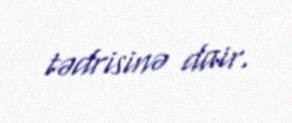
tədrisinə dair.